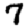
Digit: 7